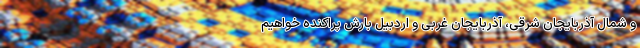
و شمال آذربایجان شرقی، آذربایجان غربی و اردبیل بارش پراکنده خواهیم